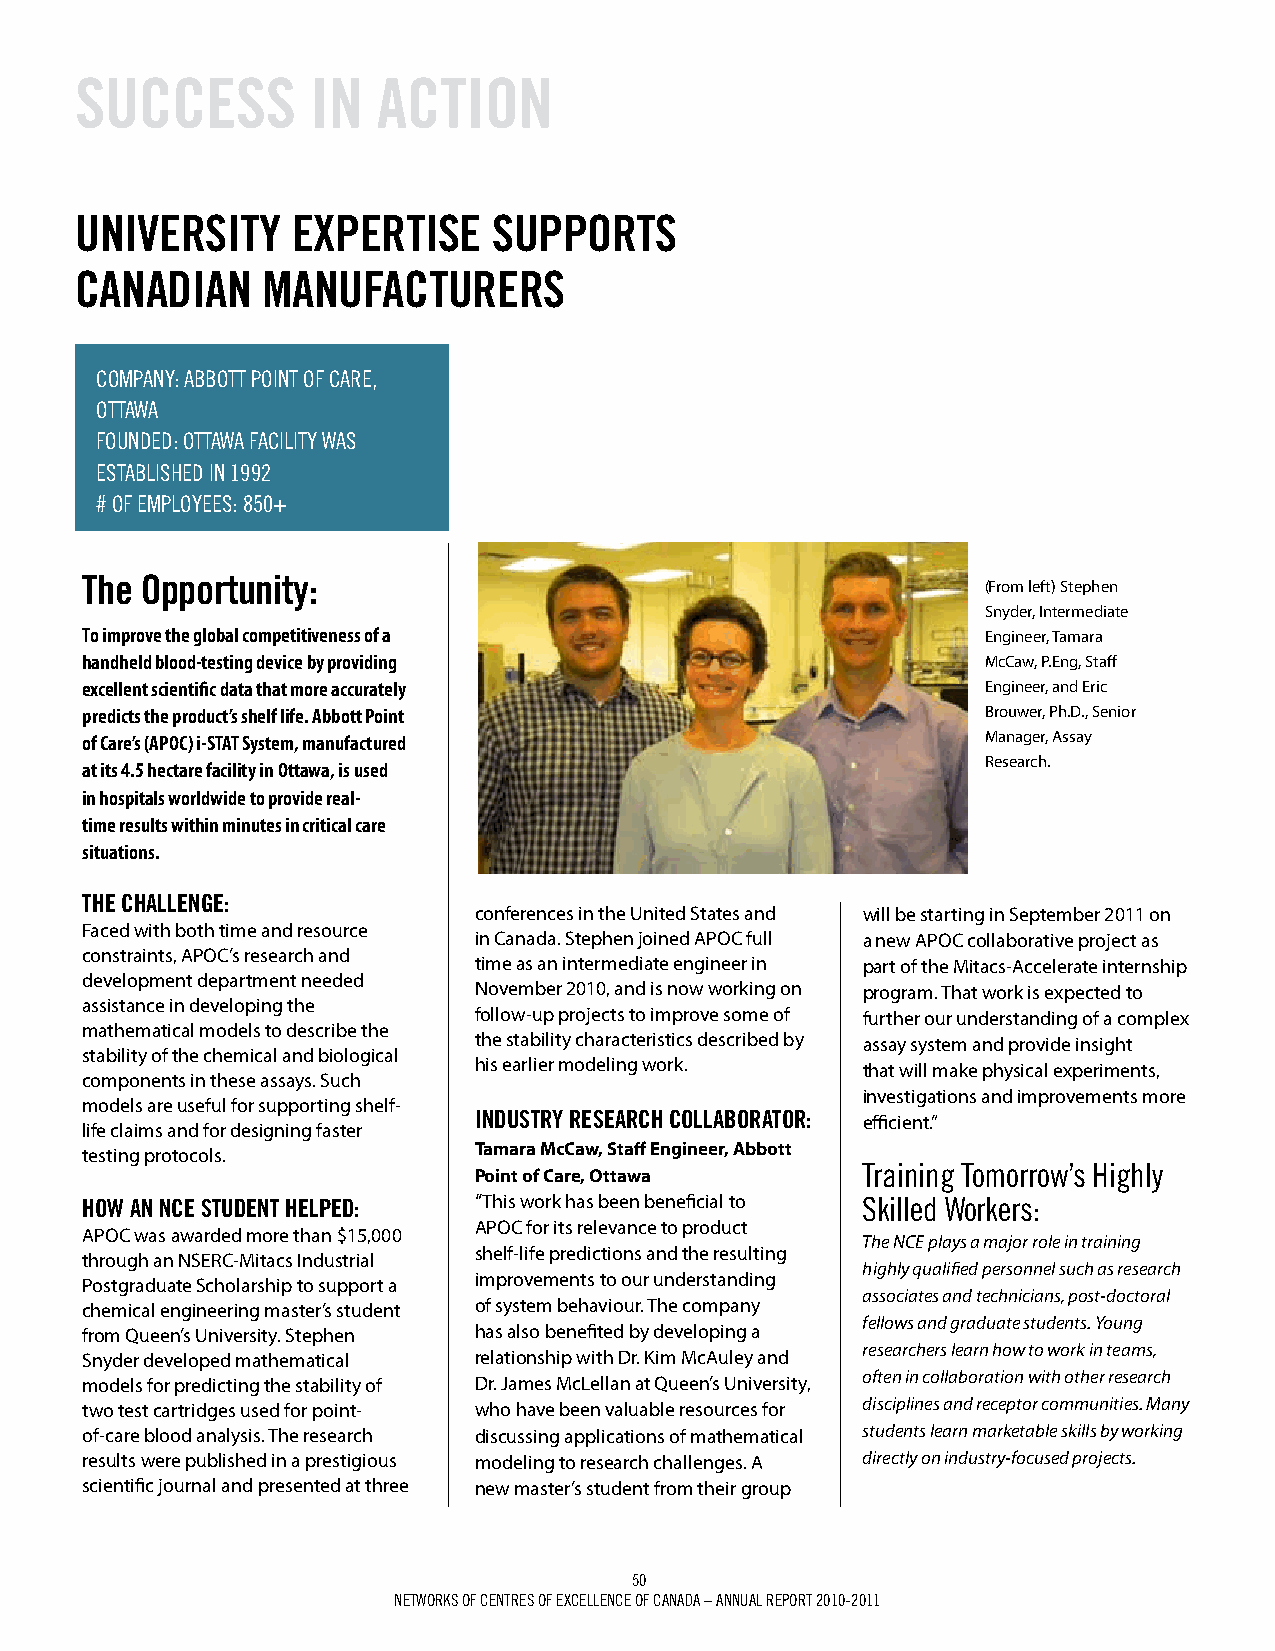
SuCCESS         iN  ACTiON
 uNivErSiTY    ExpErTiSE     SuppOrTS
 CANAdiAN    mANuFACTurErS
 comPaNy: aBBott PoINt of care,
 ottawa
 foUNded: ottawa facIlIty was
 estaBlIsHed IN 1992
 # of emPloyees: 850+
 The Opportunity:
 (From left) Stephen
 Snyder, Intermediate
 To improve the global competitiveness of a                  Engineer, Tamara
 handheld blood-testing device by providing                  McCaw, P.Eng, Staff
 excellent scientific data that more accurately              Engineer, and Eric
 predicts the product’s shelf life. Abbott Point             Brouwer, Ph.D., Senior
 of Care’s (APOC) i-STAT System, manufactured                Manager, Assay
 Research.
 at its 4.5 hectare facility in Ottawa, is used
 in hospitals worldwide to provide real-
 time results within minutes in critical care
 situations.
 ThE ChALLENgE:
 conferences in the United States and will be starting in September 2011 on
 Faced with both time and resource
 in Canada. Stephen joined APOC full a new APOC collaborative project as
 constraints, APOC’s research and
 time as an intermediate engineer in part of the Mitacs-Accelerate internship
 development department needed
 November 2010, and is now working on program. That work is expected to
 assistance in developing the
 follow-up projects to improve some of further our understanding of a complex
 mathematical models to describe the
 the stability characteristics described by assay system and provide insight
 stability of the chemical and biological
 his earlier modeling work.
 that will make physical experiments,
 components in these assays. Such
 investigations and improvements more
 models are useful for supporting shelf-
 iNduSTrY rESEArCh COLLABOrATOr: efficient.”
 life claims and for designing faster
 testing protocols.        Tamara McCaw, Staff Engineer, Abbott
 training tomorrow’s Highly
 Point of Care, Ottawa
 hOW AN NCE STudENT hELpEd: “This work has been beneficial to skilled workers:
 APOC for its relevance to product
 APOC was awarded more than $15,000
 The NCE plays a major role in training
 shelf-life predictions and the resulting
 through an NSERC-Mitacs Industrial
 highly qualified personnel such as research
 Postgraduate Scholarship to support a improvements to our understanding
 associates and technicians, post-doctoral
 chemical engineering master’s student of system behaviour. The company
 fellows and graduate students. Young
 from Queen’s University. Stephen has also benefited by developing a
 researchers learn how to work in teams,
 Snyder developed mathematical relationship with Dr. Kim McAuley and
 often in collaboration with other research
 models for predicting the stability of Dr. James McLellan at Queen’s University,
 two test cartridges used for point- who have been valuable resources for disciplines and receptor communities. Many
 of-care blood analysis. The research discussing applications of mathematical students learn marketable skills by working
 results were published in a prestigious modeling to research challenges. A directly on industry-focused projects.
 scientific journal and presented at three new master’s student from their group
 50
 Networks of ceNtres of excelleNce of caNada – aNNUal rePort 2010-2011